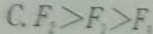
C _ { 1 } F _ { 1 } > F _ { 1 } > F _ { 1 }